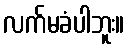
လက်မခံပါဘူး။